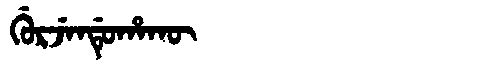
Manchu: ᡤᡠᡵᠵᡝᠨᡩᡠᡥᠠᡴᡡ
Romanization: GURJENDUHAKŪ